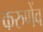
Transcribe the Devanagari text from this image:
करुणेंव